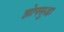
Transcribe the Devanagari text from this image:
झोपसुद्धा